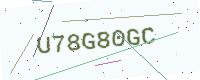
Text: U78G80GC